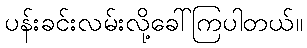
ပန်းခင်းလမ်းလို့ခေါ်ကြပါတယ်။